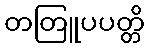
တတြူပပတ္တိ